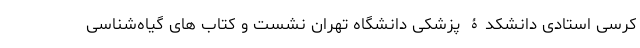
کرسی استادی دانشکدۀ پزشکی دانشگاه تهران نشست و کتاب های گیاه‌شناسی